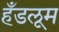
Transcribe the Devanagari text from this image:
हँडलूम